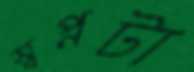
স্বপ্নটা